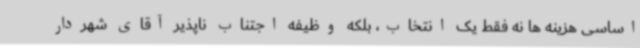
اساسی هزینه ها نه فقط یک انتخاب، بلکه وظیفه اجتناب ناپذیر آقای شهردار